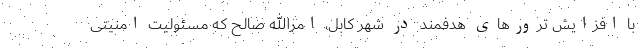
با افزایش ترور‌های هدفمند در شهر کابل، امرالله صالح که مسئولیت امنیتی